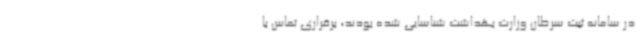
در سامانه ثبت سرطان وزارت بهداشت شناسایی شده بودند، برقراری تماس با